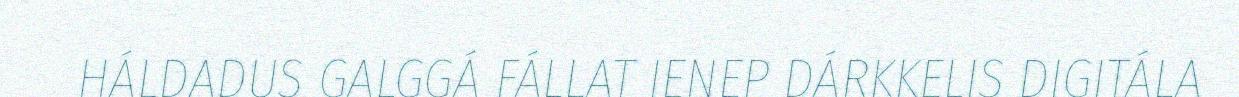
HÁLDADUS GALGGÁ FÁLLAT IENEP DÁRKKELIS DIGITÁLA